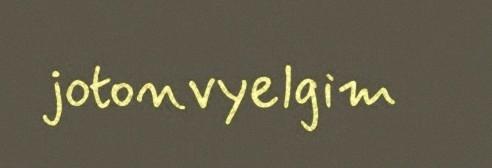
jotonvyelgim